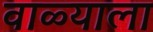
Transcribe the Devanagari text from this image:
वाळ्याला